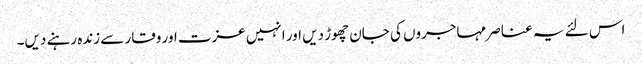
اس لئے یہ عناصر مہاجروں کی جان چھوڑ دیں اور انہیں عزت اور وقار سے زندہ رہنے دیں۔